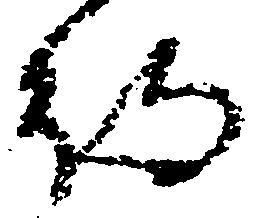
待